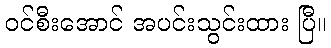
ဝင်စီးအောင် အပင်းသွင်းထား ပြီ။